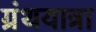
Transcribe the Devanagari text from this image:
ग्रंथयात्रा